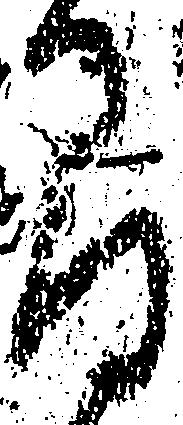
間